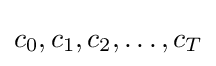
c_{0},c_{1},c_{2},\ldots ,c_{T}